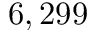
6 , 2 9 9